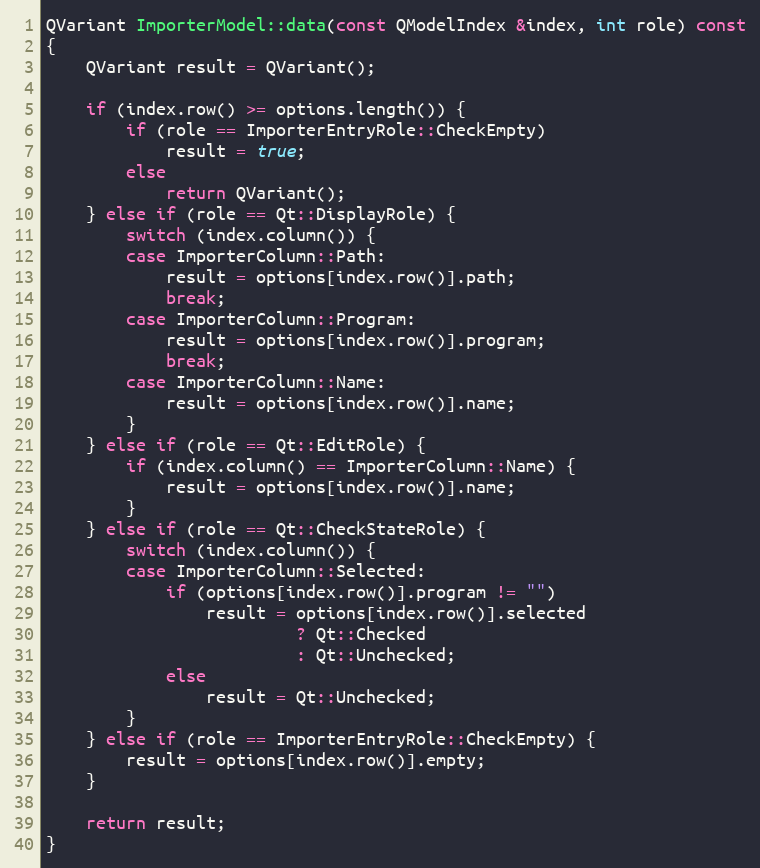
Language: C++
QVariant ImporterModel::data(const QModelIndex &index, int role) const
{
	QVariant result = QVariant();

	if (index.row() >= options.length()) {
		if (role == ImporterEntryRole::CheckEmpty)
			result = true;
		else
			return QVariant();
	} else if (role == Qt::DisplayRole) {
		switch (index.column()) {
		case ImporterColumn::Path:
			result = options[index.row()].path;
			break;
		case ImporterColumn::Program:
			result = options[index.row()].program;
			break;
		case ImporterColumn::Name:
			result = options[index.row()].name;
		}
	} else if (role == Qt::EditRole) {
		if (index.column() == ImporterColumn::Name) {
			result = options[index.row()].name;
		}
	} else if (role == Qt::CheckStateRole) {
		switch (index.column()) {
		case ImporterColumn::Selected:
			if (options[index.row()].program != "")
				result = options[index.row()].selected
						 ? Qt::Checked
						 : Qt::Unchecked;
			else
				result = Qt::Unchecked;
		}
	} else if (role == ImporterEntryRole::CheckEmpty) {
		result = options[index.row()].empty;
	}

	return result;
}